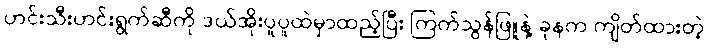
ဟင်းသီးဟင်းရွက်ဆီကို ဒယ်အိုးပူပူထဲမှာထည့်ပြီး ကြက်သွန်ဖြူနဲ့ ခုနက ကျိတ်ထားတဲ့